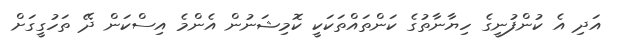
އަދި އެ ކުންފުނީގެ ހިޔާނާތުގެ ކަންތައްތަކަކީ ކޮމިޝަނުން އެންމެ އިސްކަން ދޭ ތަހުގީގަށް